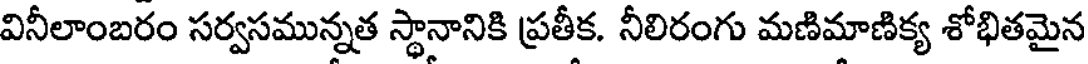
వినీలాంబరం సర్వసమున్నత స్థానానికి ప్రతీక. నీలిరంగు మణిమాణిక్య శోభితమైన